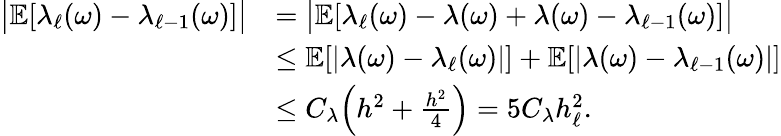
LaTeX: \begin{array}{rl}{\big|\mathbb{E}[\lambda_{\ell}(\omega)-\lambda_{\ell-1}(\omega)]\big|}&{=\big|\mathbb{E}[\lambda_{\ell}(\omega)-\lambda(\omega)+\lambda(\omega)-\lambda_{\ell-1}(\omega)]\big|}\\ &{\leq\mathbb{E}[|\lambda(\omega)-\lambda_{\ell}(\omega)|]+\mathbb{E}[|\lambda(\omega)-\lambda_{\ell-1}(\omega)|]}\\ &{\leq C_{\lambda}\Big(h^{2}+\frac{h^{2}}{4}\Big)=5C_{\lambda}h_{\ell}^{2}.}\end{array}